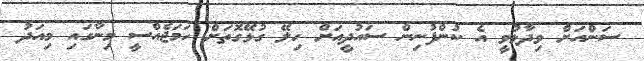
ސަންއަށް ވިދާޅުވީ އެ ކުންފުނިން ސައުދީއަށް ހިލޭ ގުޅޭގޮތަށް ހަމަޖެއްސީ މިނާގައި މިއަދު